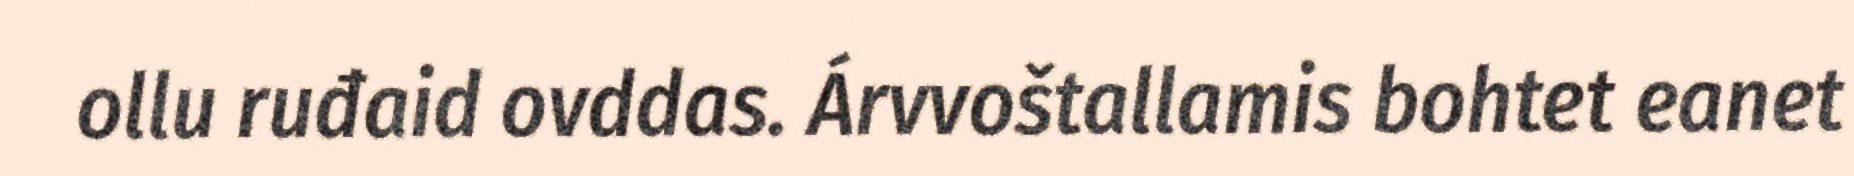
ollu ruđaid ovddas. Árvvoštallamis bohtet eanet